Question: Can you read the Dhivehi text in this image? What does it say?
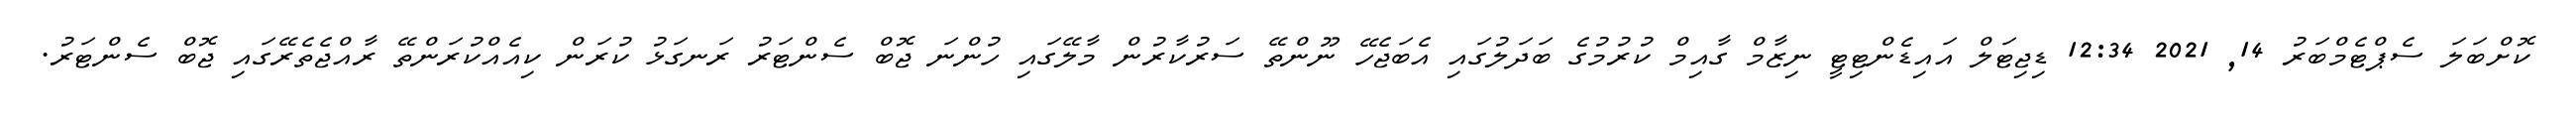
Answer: ކޮށްބަލަ ސެޕްޓެމްބަރު 14, 2021 12:34 ޑިޖިޓަލް އައިޑެންޓިޓީ ނިޒާމް ގާއިމް ކުރުމުގެ ބަދަލުގައި އެބަޖެހޭ ނޫންތޭ ސަރުކާރުން މާލޭގައި ހުންނަ ޖޮބް ސެންޓަރު ރަނގަޅު ކުރަން ކިއެއްކުރަންތޭ ރާއްޖެތެރޭގައި ޖޮބް ސެންޓަރު.